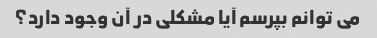
می توانم بپرسم آیا مشکلی در آن وجود دارد؟